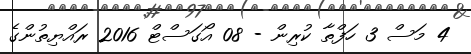
4 މަސް 3 ހަފްތާ ކުރިން - 08 އޯގަސްޓް 2016 ރައްޔިތުންގެ